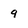
Character: 9